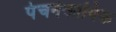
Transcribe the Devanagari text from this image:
पंचनेकायिक